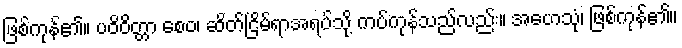
ဖြစ်ကုန်၏။ ပဝိဝိတ္တာ စေဝ၊ ဆိတ်ငြိမ်ရာအရပ်သို့ ကပ်ကုန်သည်လည်း။ အဟေသုံ၊ ဖြစ်ကုန်၏။